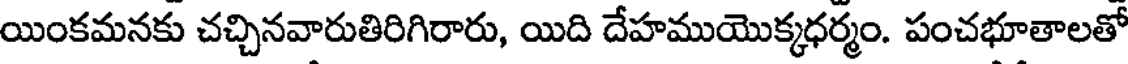
యింకమనకు చచ్చినవారుతిరిగిరారు, యిది దేహముయొక్కధర్మం. పంచభూతాలతో